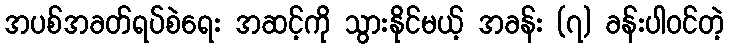
အပစ်အခတ်ရပ်စဲရေး အဆင့်ကို သွားနိုင်မယ့် အခန်း (၇) ခန်းပါဝင်တဲ့